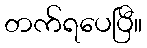
တက်ရပေပြီ။